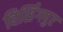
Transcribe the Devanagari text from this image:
विर्सिंगपुर